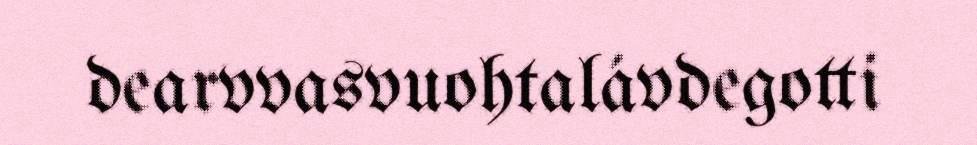
dearvvasvuohtalávdegotti